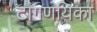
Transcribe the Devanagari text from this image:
टांगणयिका